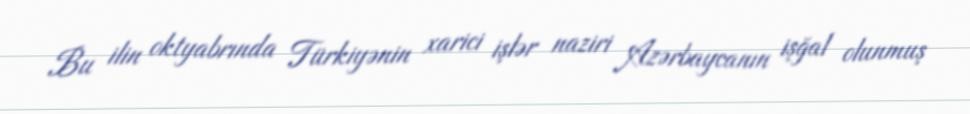
Bu ilin oktyabrında Türkiyənin xarici işlər naziri Azərbaycanın işğal olunmuş